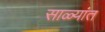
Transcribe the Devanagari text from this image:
साळ्यांत